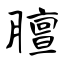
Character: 膻